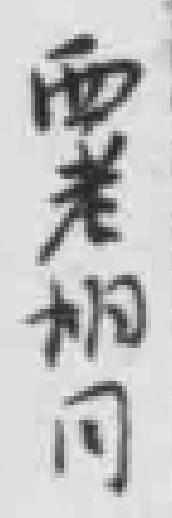
西老相同